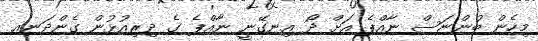
މިހެން ބުންޏަސް ނާއްޕެ އަށް ދޯ އިނގޭނީ ނާއްޕެ ގެ ދިރިއުޅުން ގެންދަނއ